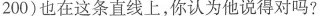
200)也在这条直线上，你认为他说得对吗?